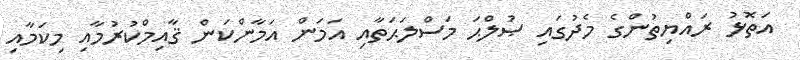
އަތޮޅު ރައްޔިތުންގެ މެދުގައި ޞުލްޙަ މަސްލަޙަތާއި އަމަން އަމާންކަން ޤާއިމްކުރުމާއި މިކަމާއި